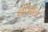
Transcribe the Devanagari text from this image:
धंधेवाला